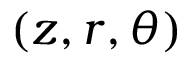
\left( z , r , \theta \right)